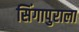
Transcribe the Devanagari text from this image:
सिंगापुराला